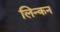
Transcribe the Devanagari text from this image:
लिन्कन